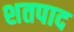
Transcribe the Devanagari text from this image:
शतपाद